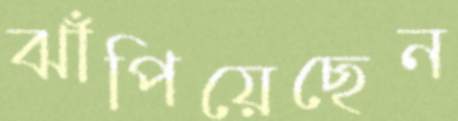
ঝাঁপিয়েছেন